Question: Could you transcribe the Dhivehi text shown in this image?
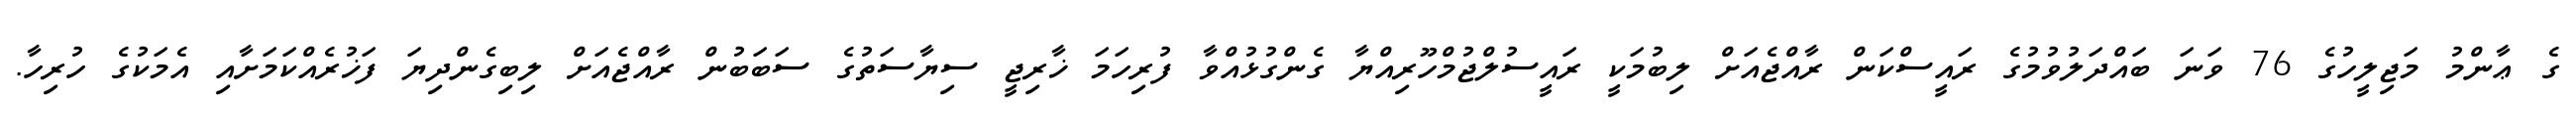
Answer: ގެ ޢާންމު މަޖިލީހުގެ 76 ވަނަ ބައްދަލުވުމުގެ ރައީސްކަން ރާއްޖެއަށް ލިބުމަކީ ރައީސުލްޖުމްހޫރިއްޔާ ގެންގުޅުއްވާ ފުރިހަމަ ޚާރިޖީ ސިޔާސަތުގެ ސަބަބުން ރާއްޖެއަށް ލިބިގެންދިޔަ ފަޚުރެއްކަމަށާއި އެމަކުގެ ހުރިހާ.